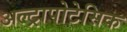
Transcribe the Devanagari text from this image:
अल्ट्रापोटेसिक